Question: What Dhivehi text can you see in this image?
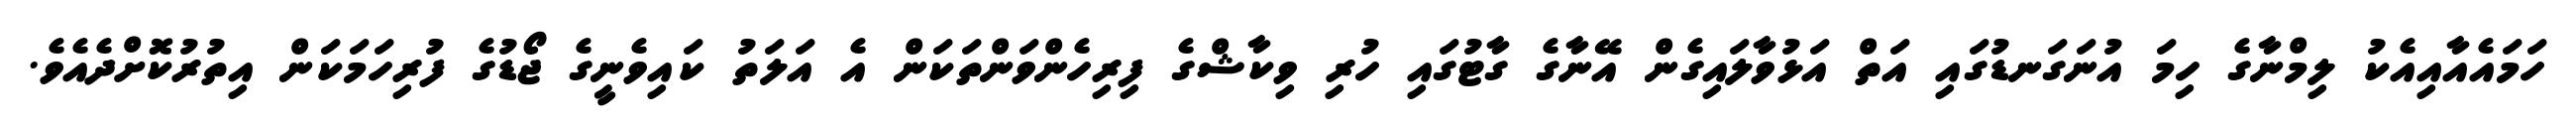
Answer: ހަމައެއާއިއެކު ލިމްނާގެ ހިމަ އުނަގަނޑުގައި އަތް އަޅުވާލައިގެން އޭނާގެ ގާޓުގައި ހުރި ވިކާޝްގެ ފިރިހެންވަންތަކަން އެ އަލަތު ކައިވެނީގެ ޖޯޑުގެ ފުރިހަމަކަން އިތުރުކޮށްދެއެވެ.